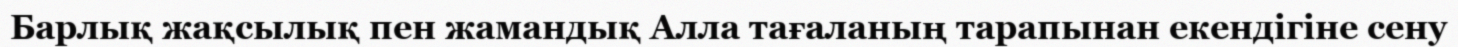
Барлық жақсылық пен жамандық Алла тағаланың тарапынан екендігіне сену